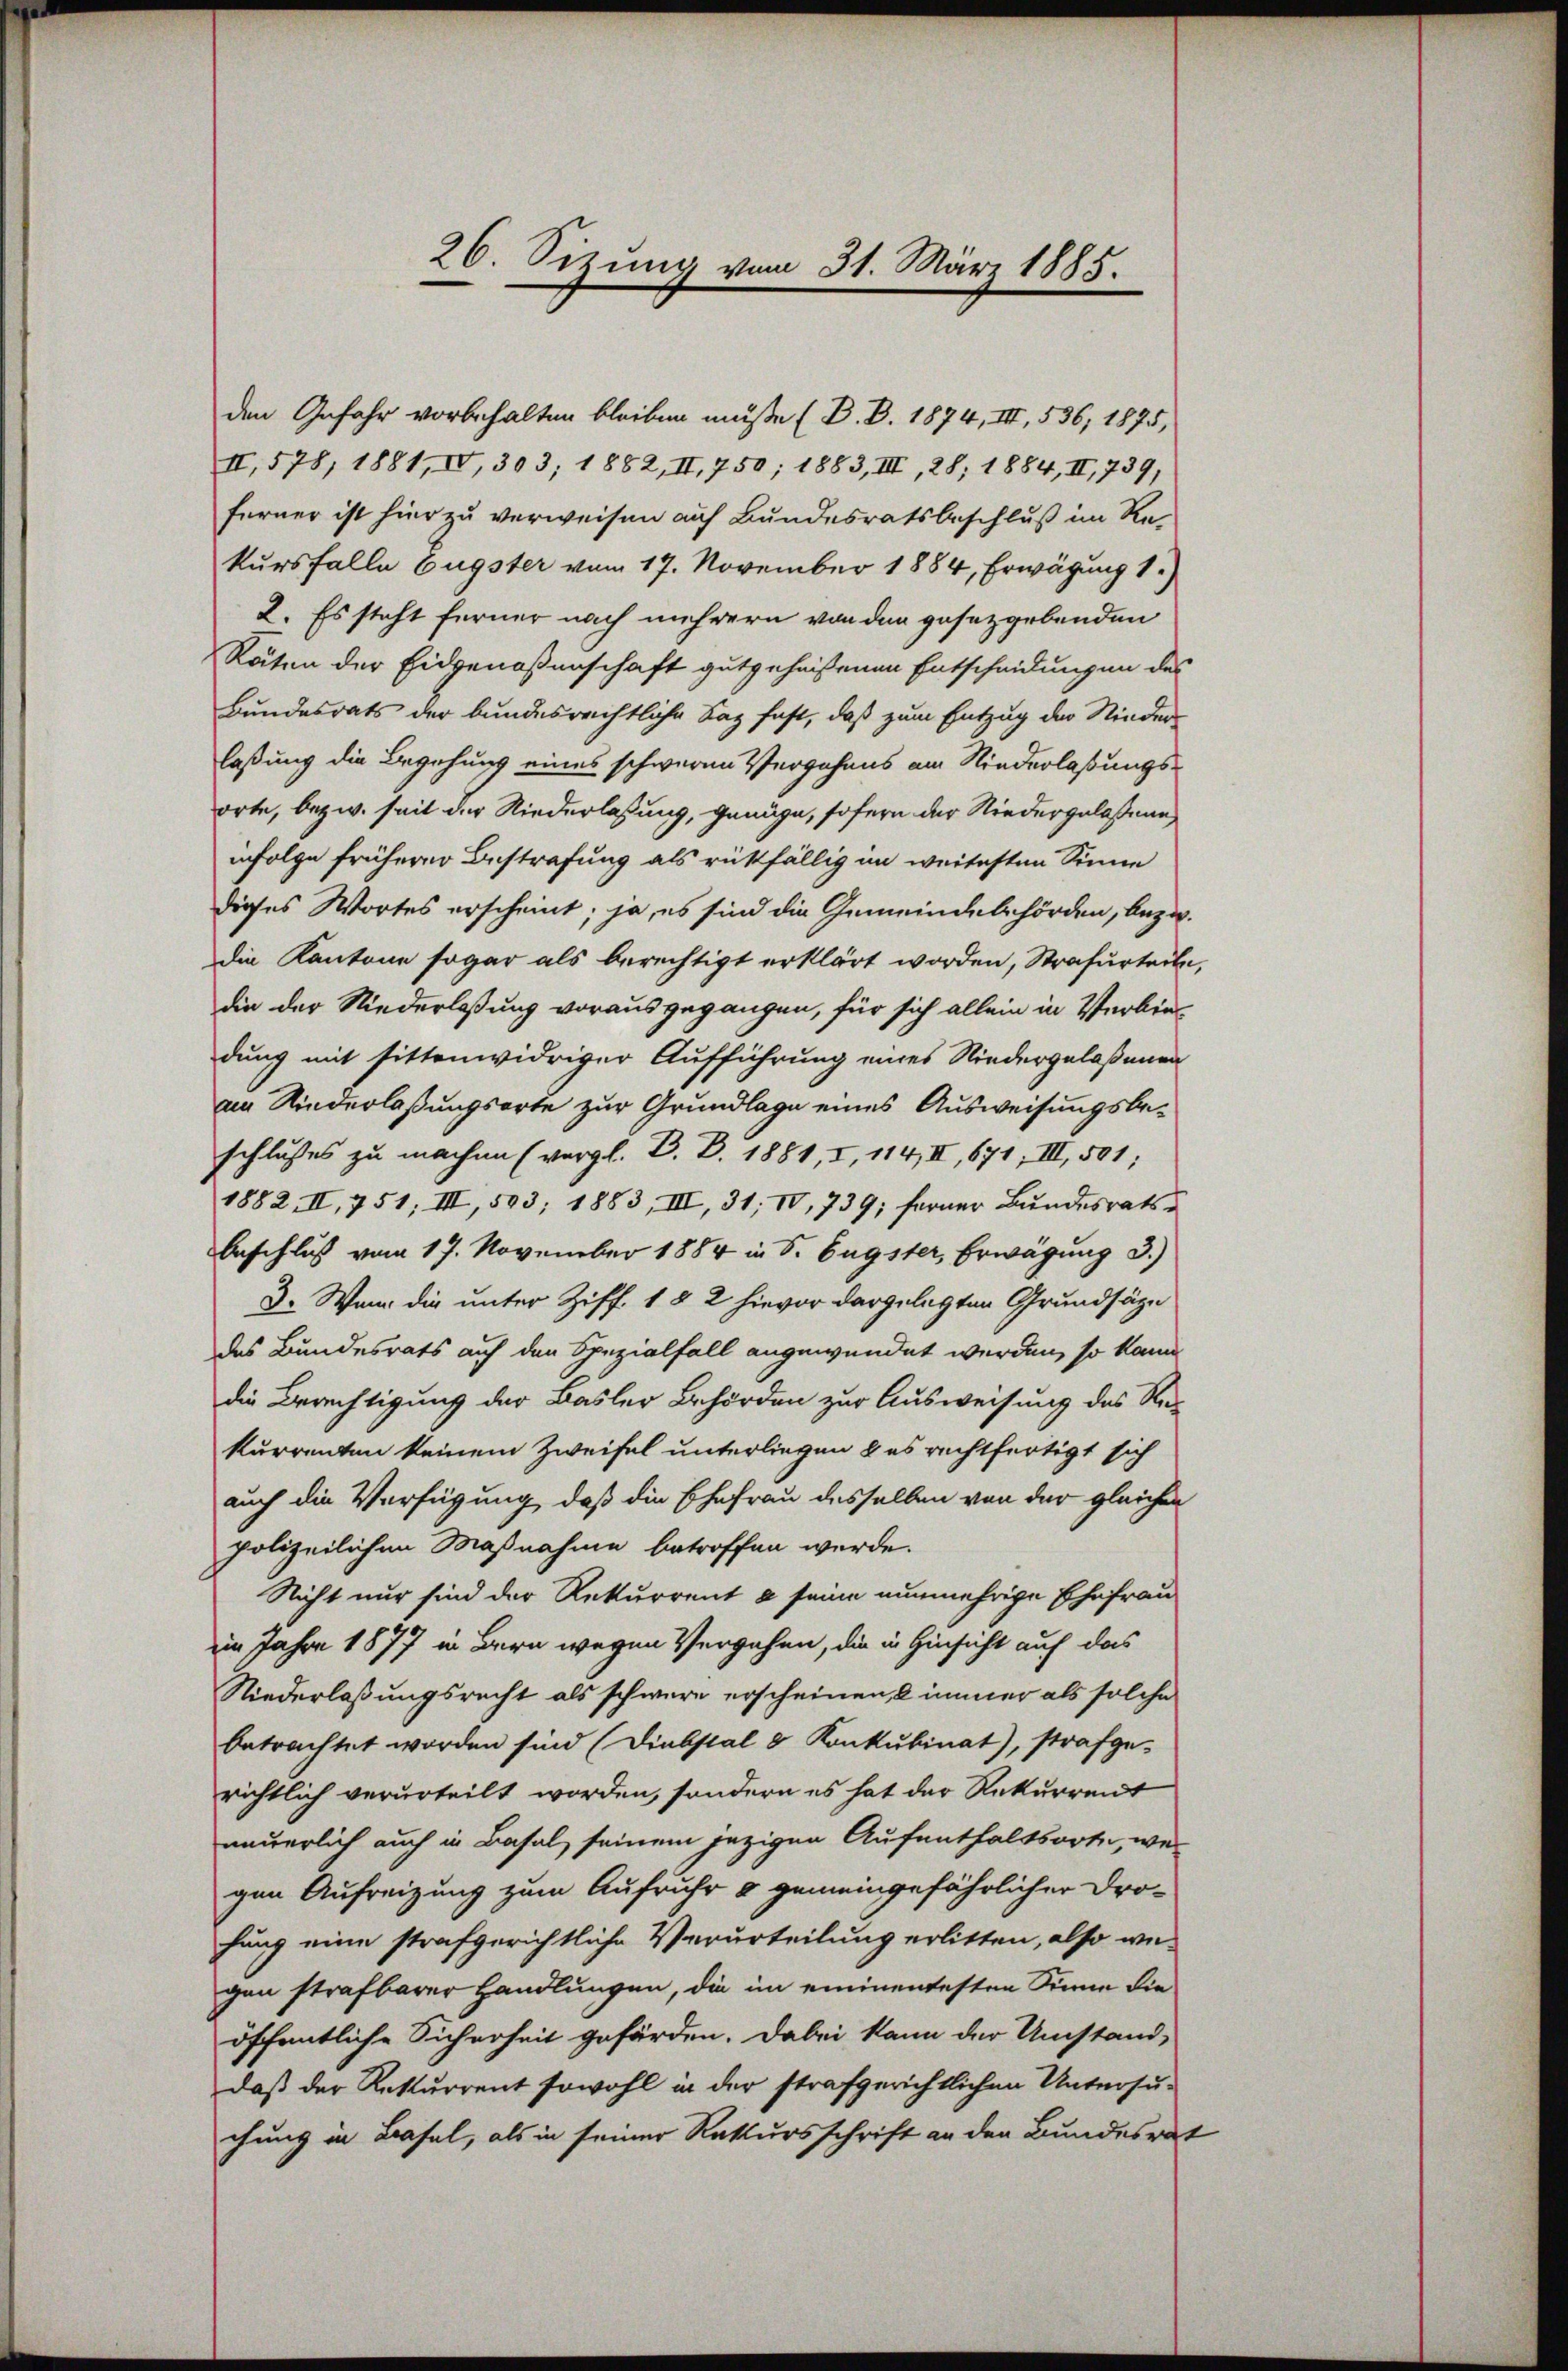
26. Sizung vom 31. März 1885.

den Gefahr vorbehalten bleiben müße (B. B. 1874, III, 536, 1875,
II, 578, 1881, IV, 303; 1882, II, 750; 1883, III, 28; 1884, II, 739,
ferner ist hier zu verweisen auf Bundesratsbeschluß im Rekursfalle Eugster vom 17. November 1884, Erwägung 1.)
2. Es steht ferner nach mehrern von den gesetzgebenden
Räten der Eidgenoßenschaft gutgeheißenen Entscheidungen des
Bundesrats der bundesrechtliche Saz fest, daß zum Entzug der Niederlaßung die Begehung eines schweren Vergehens am Niederlaßungsorte, bezw. seit der Niederlassung, genähe, sofern der Niedergelassene
infolge früherer Bestrafung als rückfällig im weitesten Sinne
dieses Wortes erscheint; ja, es sind die Gemeindebehörden, bezw.
die Kantone sogar als berechtigt erklärt worden, Strafurteile,
die der Niederlaßung vorausgegangen, für sich allein in Verbin-
dung mit sittenwidriger Aufführung eines Niedergelaßenge
am Kinderlaßungsorte zur Grundlage eines Ausweisungsbeschlusses zu machen (vergl. B. D. 1881, I, 114, II, 671, III, 501;
1882. II, 751; III, 503; 1883, III, 31, IV, 739; ferner Bundesratsbeschluß vom 17. November 1884 in S. Eugster, Erwägung 3.)
3. Wenn die unter Ziff. 1 § 2 hievor dargelegten Grundsätze
des Bundesrats auf den Spezialfall angewendet werden, so kann
die Berechtigung der Basler Behörden zur Ausweisung des Re-
kurrenten keinem Zweifel unterliegen & es rechtfertigt sich
auch die Verfügung, daß die Ehefrau desselben von der gleichen
polizeilichen Maßnahme betroffen werde.
Nicht nur sind der Rekurrent à seine nunmehrige Ehefrau
im Jahre 1877 in Bern wegen Vergehen, die in Hinsicht auf das
Niederlaßungsrecht als schwere erscheinen, & immer als solche
betrachtet worden sind (Diebstal & Konkubinat), strafge-
richtlich verurteilt worden, sondern es hat der Rekurrent
neuerlich auch in Basel seinem jezigen Aufenthaltsorte, wei
gen Aufreizung zum Aufruhr & gemeingefährlicher Drohung eine strafgerichtliche Verurteilung erlitten, also we-
gen strafbarer Handlungen, die im eminentesten Sinne die
öffentliche Sicherheit geförden. Dabei kann der Umstand,
daß der Rekurrent sowohl in der strafgerichtlichen Untersuchung in Basel, als in seiner Rekursschrift an den Bundesrat